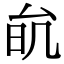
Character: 𠫮